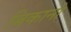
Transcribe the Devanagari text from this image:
बिकानो